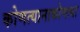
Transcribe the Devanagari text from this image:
कोणत्यानाकोणत्या